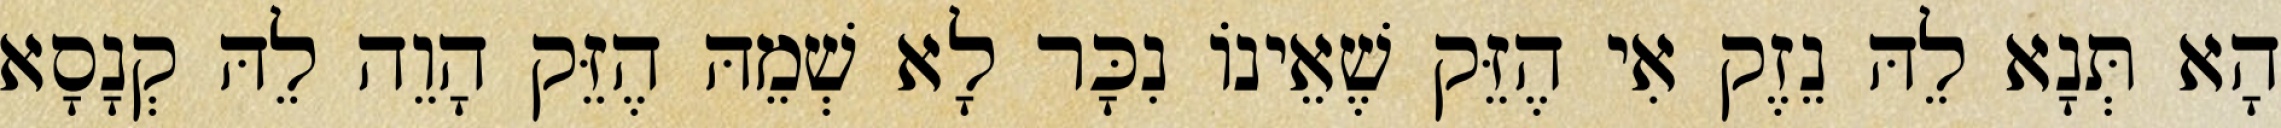
הָא תְּנָא לֵהּ נֵזֶק אִי הֶזֵּק שֶׁאֵינוֹ נִכָּר לָא שְׁמֵהּ הֶזֵּק הָוֵה לֵהּ קְנָסָא